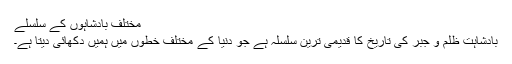
مختلف بادشاہوں کے سلسلے
بادشاہت ظلم و جبر کی تاریخ کا قدیمی ترین سلسلہ ہے جو دنیا کے مختلف خطوں میں ہمیں دکھائی دیتا ہے۔